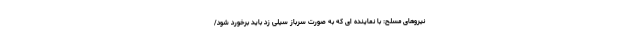
نیروهای مسلح: با نماینده ای که به صورت سرباز سیلی زد باید برخورد شود/